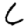
Digit: 6